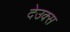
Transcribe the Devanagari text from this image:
देउक्स